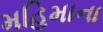
મહિમાના